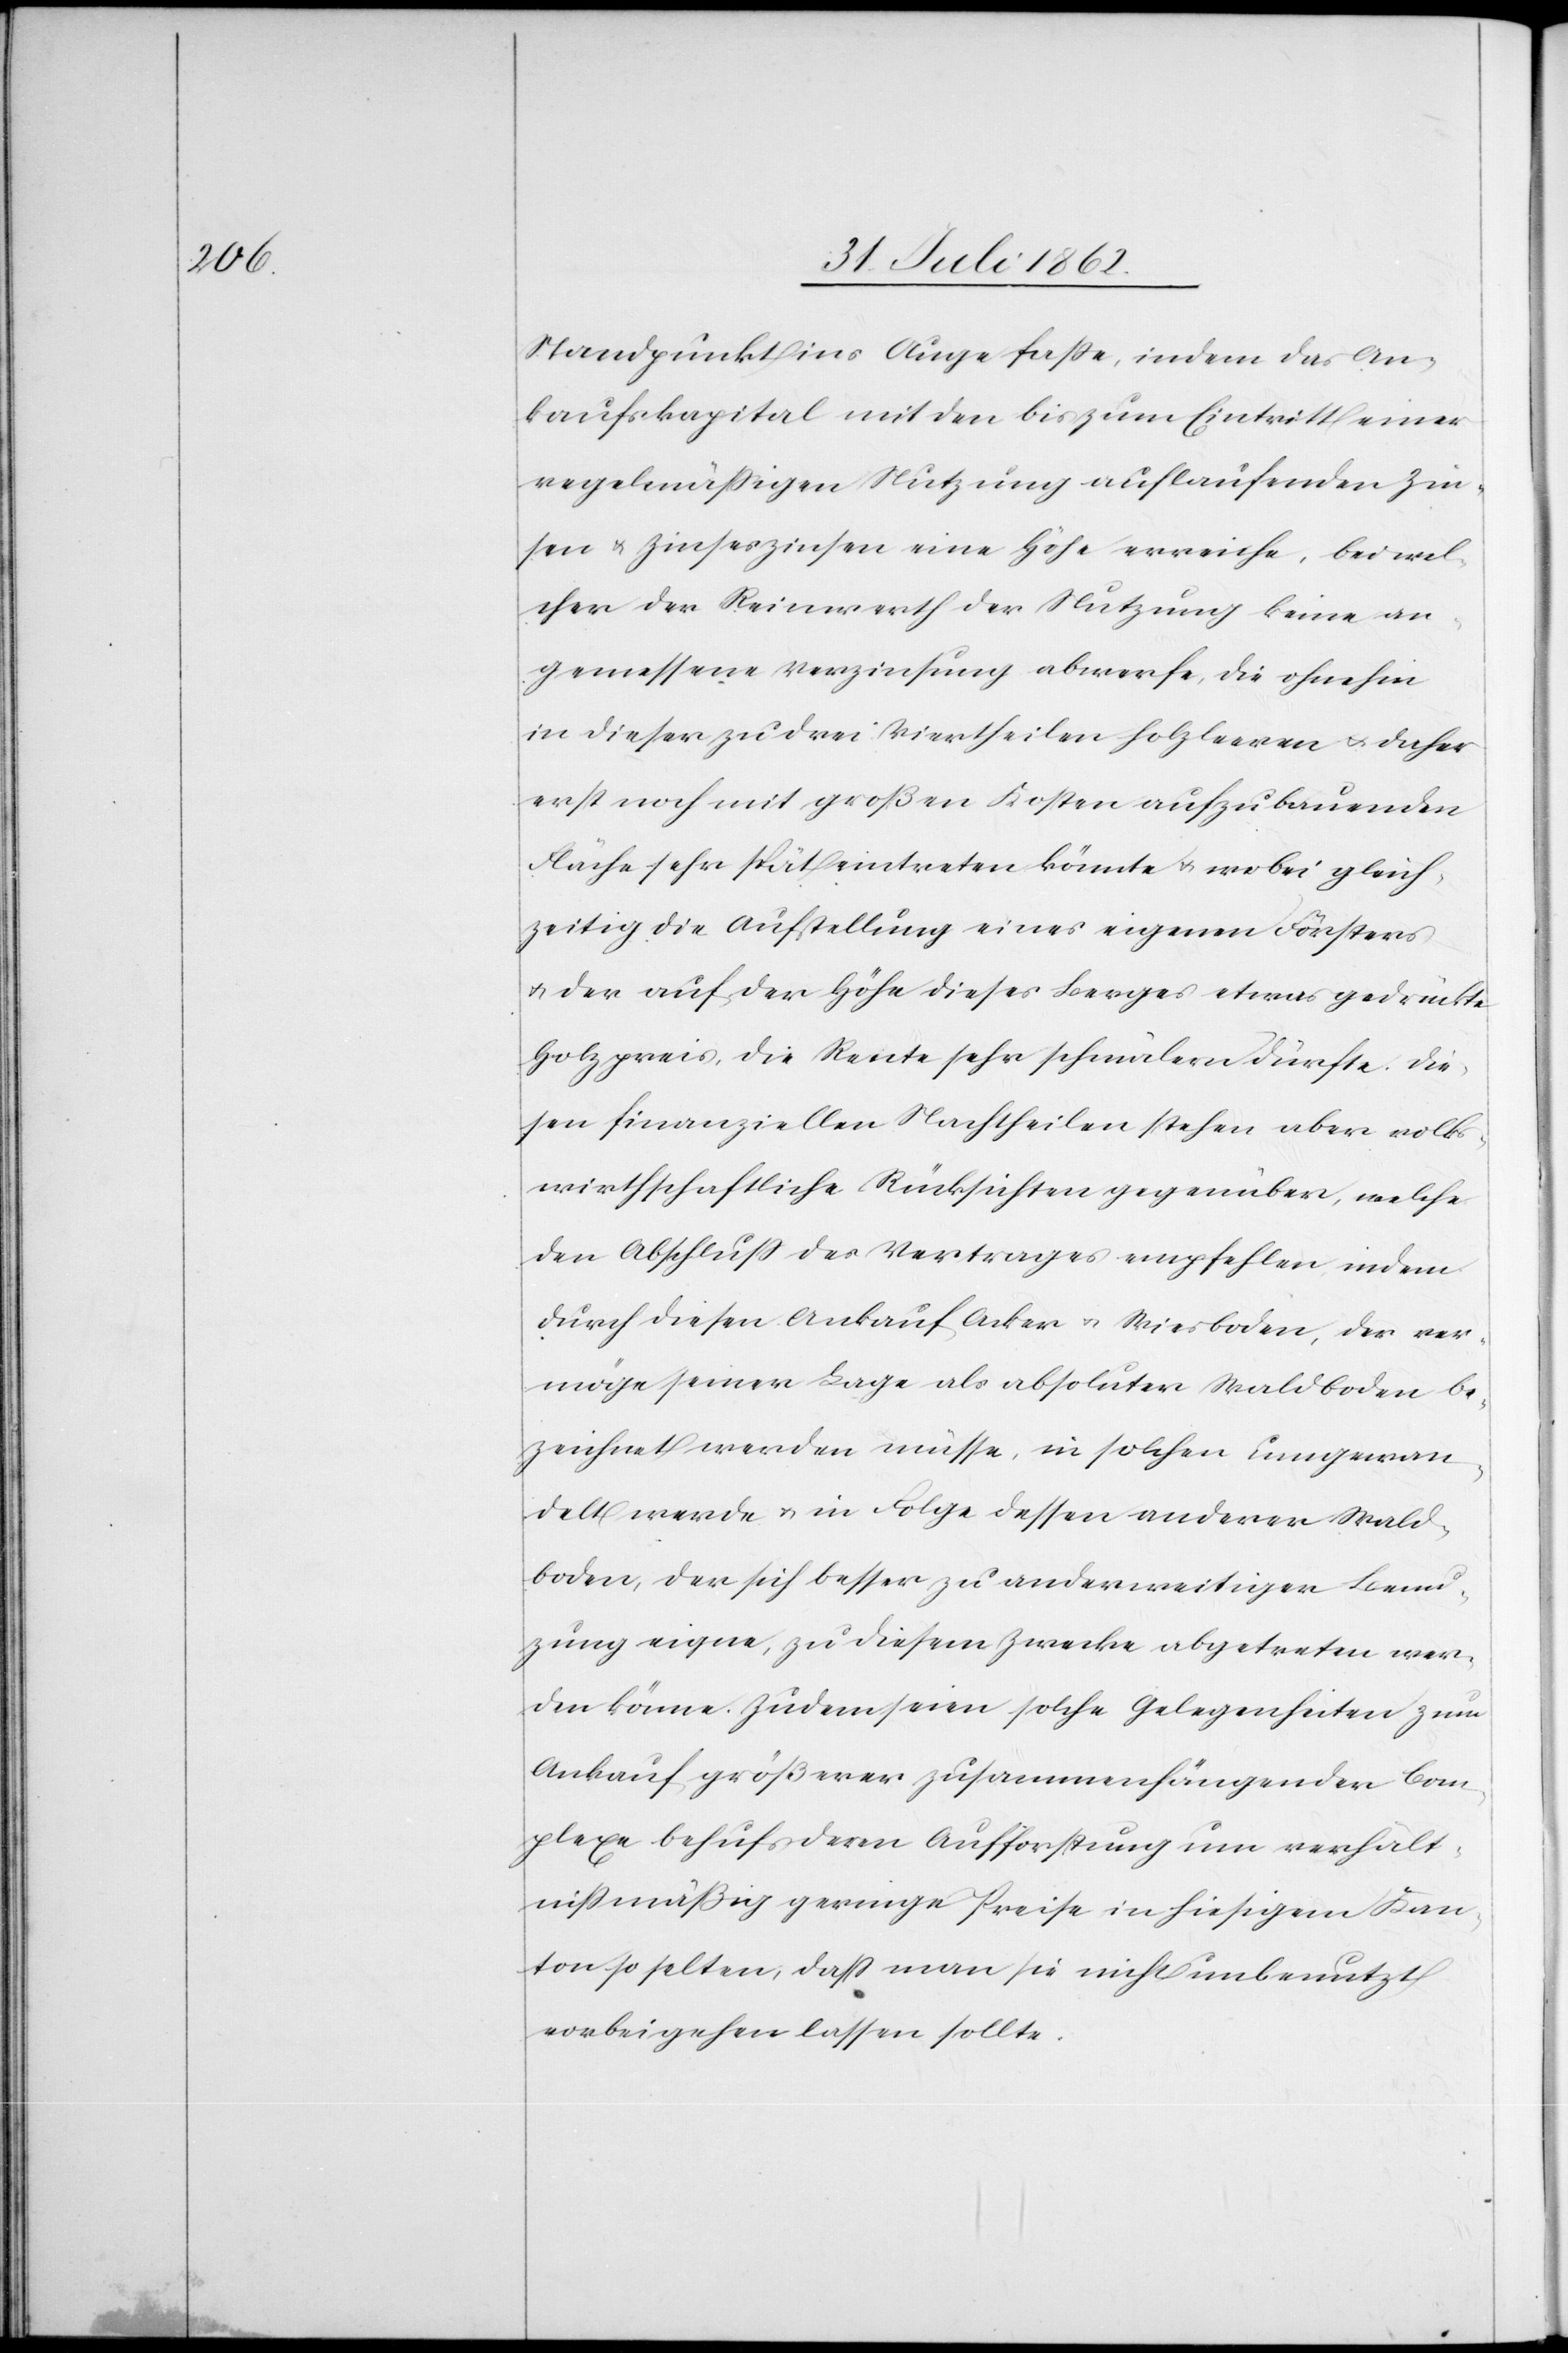
Standpunkt ins Auge faße, indem das An¬
kaufskapital mit den bis zum Eintritt einer
regelmäßigen Nutzung auflaufenden Zin¬
sen u. Zinseszinsen eine Höhe erreiche, bei wel¬
cher der Reinwerth der Nutzung keine an¬
gemessene Verzinsung abwerfe, die ohnehin
in dieser zu drei Viertheilen holzleeren u. daher
erst noch nicht großen Kosten aufzubauenden
Fläche sehr spät eintreten könnte u. wobei gleich¬
zeitig die Aufstellung eines eigenen Försters
u. der auf der Höhe dieses Berges etwas gedrückte
Holzpreis, die Rente sehr schmälern dürfte. Die¬
sen finanziellen Nachtheilen stehen aber volks¬
wirthschaftliche Rücksichten gegenüber, welche
den Abschluß des Vertrages empfehlen indem
durch diesen Ankauf Acker[-] u. Wiesboden, der ver¬
möge seiner Lage als absoluter Waldboden be¬
zeichnet werden müsse, in solchen ungewan¬
delt werde u. in Folge dessen anderer Wald¬
boden, der sich besser zu anderweitiger Benu¬
zung eigne, zu diesem Zwecke abgetreten wer¬
den könne. Zudem seien solche Gelegenheiten zum
Ankauf größerer zusammenhängender Com¬
plexe behufs deren Aufforstung um verhält¬
nißmäßig geringe Preise in hiesigem Kan¬
ton so selten, daß man sie nicht unbenutzt
vorbeigehen lassen sollte.